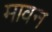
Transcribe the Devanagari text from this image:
मावन